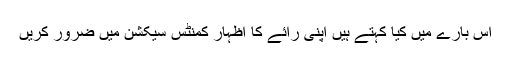
اس بارے میں کیا کہتے ہیں اپنی رائے کا اظہار کمنٹس سیکشن میں ضرور کریں